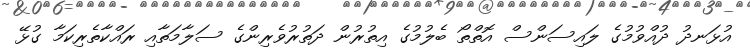
އުޅަނދު ދުއްވުމުގެ ލައިސަންސް އޮތްތޯ ބެލުމުގެ އިތުރުން ދަތުރުވެރިންގެ ސަލާމަތާއި ރައްކާތެރިކަމާ ގުޅޭ